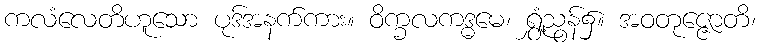
ကလံလေတိဟူသော ပုဒ်အနက်ကား။ ဝိက္ခလကဒ္ဓမေ၊ ရွှံ့ညွန်၌။ အဝတုဇ္ဇောတိ၊